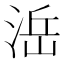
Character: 㴈